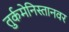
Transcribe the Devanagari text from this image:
तुर्कमेनिस्तानवर